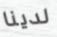
لدينا